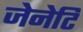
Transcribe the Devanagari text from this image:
जेनेटि